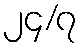
၂၄/၇